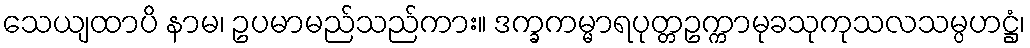
သေယျထာပိ နာမ၊ ဥပမာမည်သည်ကား။ ဒက္ခကမ္မာရပုတ္တဥက္ကာမုခသုကုသလသမ္ပဟဋ္ဌံ၊